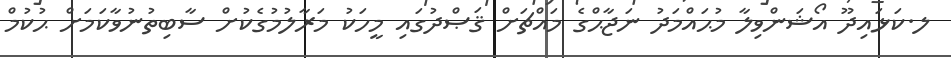
ލ.ކަޅައިދޫ އޯޝަންވިލާ މުޙައްމަދު ނަޖާޙްގެ މައްޗަށް ޤަޞްދުގައި މީހަކު މަރާލުމުގެކުށް ސާބިތުނުވާކަމަށް ޙުކުމް